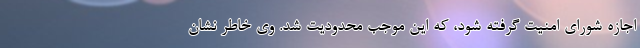
اجازه شورای امنیت گرفته شود، که این موجب محدودیت شد. وی خاطر نشان